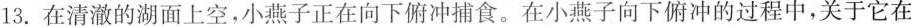
13.在清澈的湖面上空，小燕子正在向下俯冲捕食。在小燕子向下俯冲的过程中，关于它在